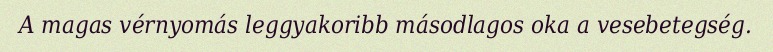
A magas vérnyomás leggyakoribb másodlagos oka a vesebetegség.